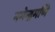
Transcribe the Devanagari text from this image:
नगेन्द्रमणि